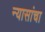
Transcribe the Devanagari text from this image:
न्यासांचा